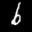
Label: 6